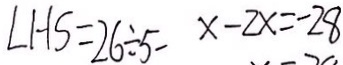
L H S = 2 6 \div 5 - x - 2 x = - 2 8